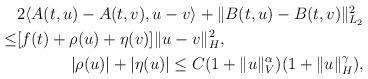
LaTeX: \begin{align*} \begin{aligned}& 2 \langle A(t,u)-A(t,v), u-v \rangle + \Vert B(t,u)-B(t,v)\Vert_{L_2}^2 \\\leq & [f(t)+ \rho(u)+\eta(v) ] \Vert u-v\Vert_{H}^2 , \\\end{aligned}\\ |\rho(u)|+|\eta(u)| \leq C (1+ \Vert u\Vert_V^{\alpha} )(1+\Vert u\Vert_H^{\gamma}),\end{align*}